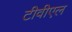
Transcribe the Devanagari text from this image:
टीवीएल